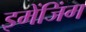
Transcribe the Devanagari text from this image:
इमेंजिंग